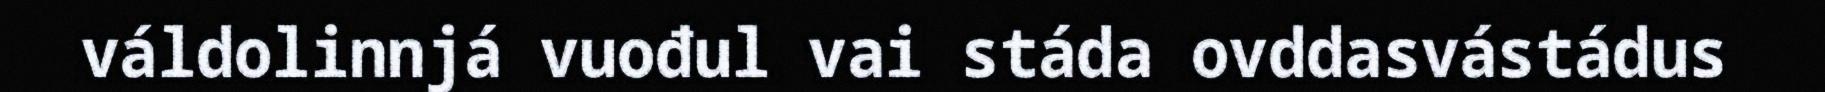
váldolinnjá vuođul vai stáda ovddasvástádus